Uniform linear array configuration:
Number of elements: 48
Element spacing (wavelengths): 0.5
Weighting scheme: hamming
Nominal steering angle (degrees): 30
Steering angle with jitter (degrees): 30.401
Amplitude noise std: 0.05
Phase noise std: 0.05

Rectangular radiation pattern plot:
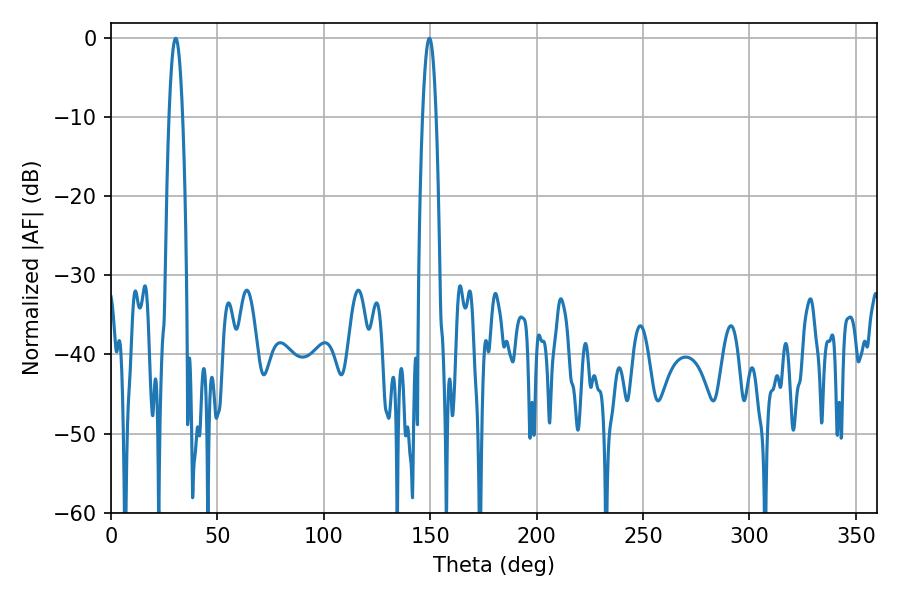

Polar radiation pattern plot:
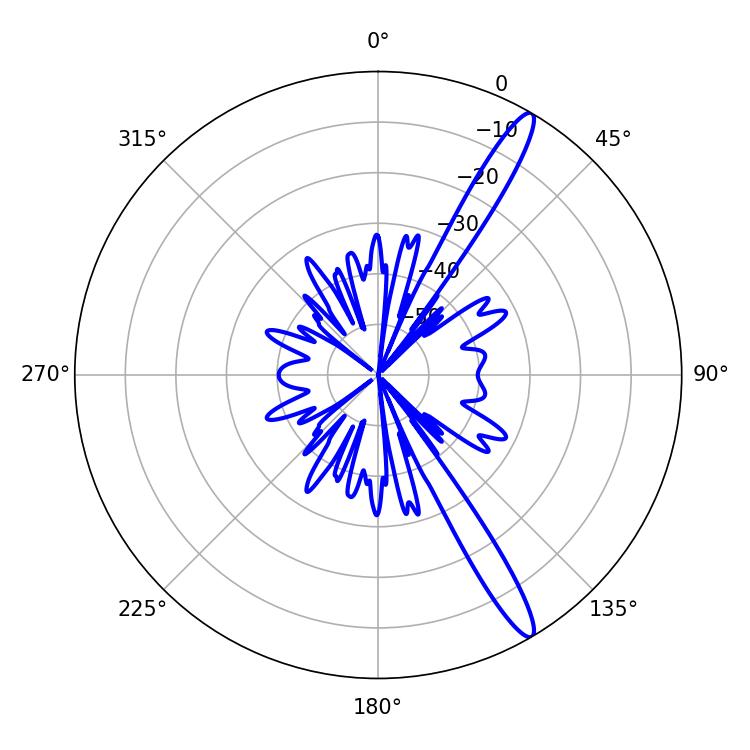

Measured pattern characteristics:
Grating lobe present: FALSE
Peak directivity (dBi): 14.705
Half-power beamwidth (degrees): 3.6
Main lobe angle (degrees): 30.42